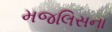
મજલિસના